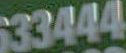
5633444